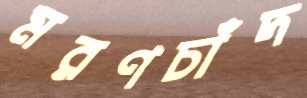
মরণচাঁদ